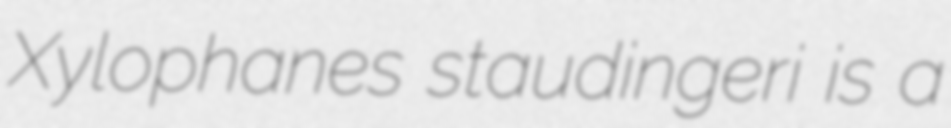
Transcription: Xylophanes staudingeri is a